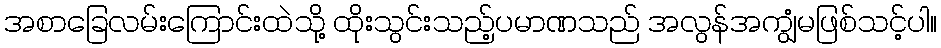
အစာခြေလမ်းကြောင်းထဲသို့ ထိုးသွင်းသည့်ပမာဏသည် အလွန်အကျွံမဖြစ်သင့်ပါ။